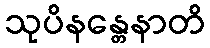
သုပိနန္တေနာတိ